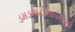
ડમડમાટીસાવજની